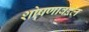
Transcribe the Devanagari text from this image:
शोषणाबद्दल